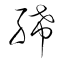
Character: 絺